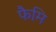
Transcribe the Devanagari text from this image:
फैमि